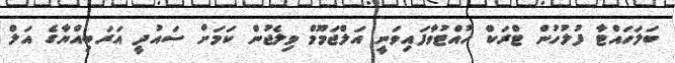
ބަލަހައްޓާ ފުލުހުން ޓްރަކް ހުއްޓުވާފައިވަނީ އަލްޖަމޫމް ވިލެޖުން ކަމަށް ސައުދީ އަރަބިއްޔާގެ އަލް